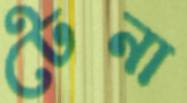
টেনা